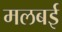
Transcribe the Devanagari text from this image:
मलबई